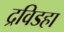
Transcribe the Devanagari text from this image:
द्रविडहा